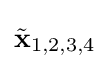
{\tilde {\mathbf {x} }}_{1,2,3,4}